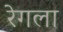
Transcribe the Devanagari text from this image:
रेगला